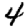
Digit: 4